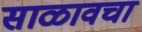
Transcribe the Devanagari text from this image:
साळावचा